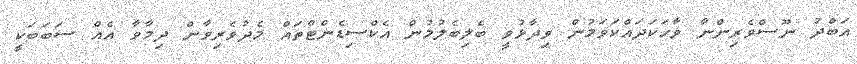
އަބްދު ނޫސްވެރިންނާ ވާހަކަދައްކަވަމުން ވިދާޅުވީ ބެލިބެލުމުން އެކްސިޑެންޓްތައް މެދުވެރިވާން ދިމާވާ އެއް ސަބަބަކީ